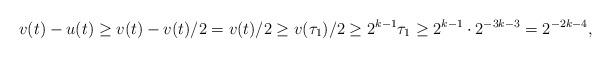
LaTeX: \begin{align*}v(t) - u(t) \geq v(t) - v(t)/2 = v(t) /2 \geq v(\tau_1)/2 \geq 2^{k - 1}\tau_1 \geq 2^{k-1} \cdot 2^{-3k - 3} = 2^{-2k - 4},\end{align*}